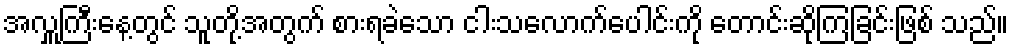
အလှူကြီးနေ့တွင် သူတို့အတွက် စားရခဲသော ငါးသလောက်ပေါင်းကို တောင်းဆိုကြခြင်းဖြစ် သည်။